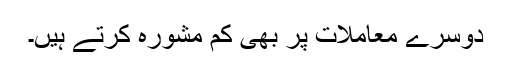
دوسرے معاملات پر بھی کم مشورہ کرتے ہیں۔